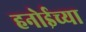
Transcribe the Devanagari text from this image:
हनोईच्या